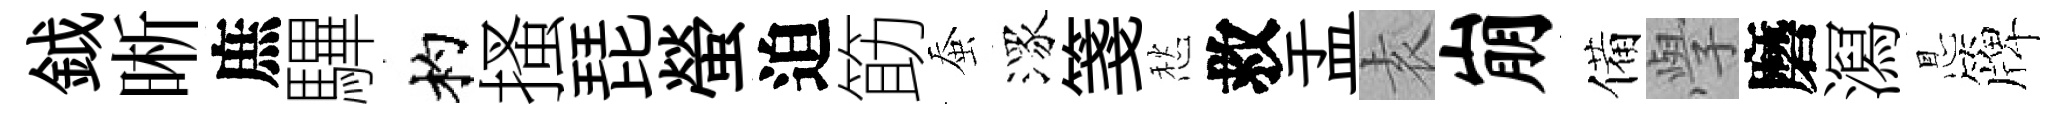
鉞晰庶驆杓搔琵螢迫筯蚕潈箋愁救盂𡊮崩備𭓕磨㵼㤙簰